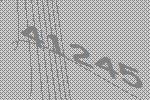
41245